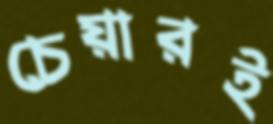
চেয়ারই